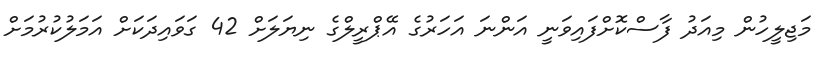
މަޖިލީހުން މިއަދު ފާސްކޮށްފައިވަނީ އަންނަ އަހަރުގެ އޭޕްރީލްގެ ނިޔަލަށް 42 ގަވައިދަކަށް އަމަލުކުރުމަށް